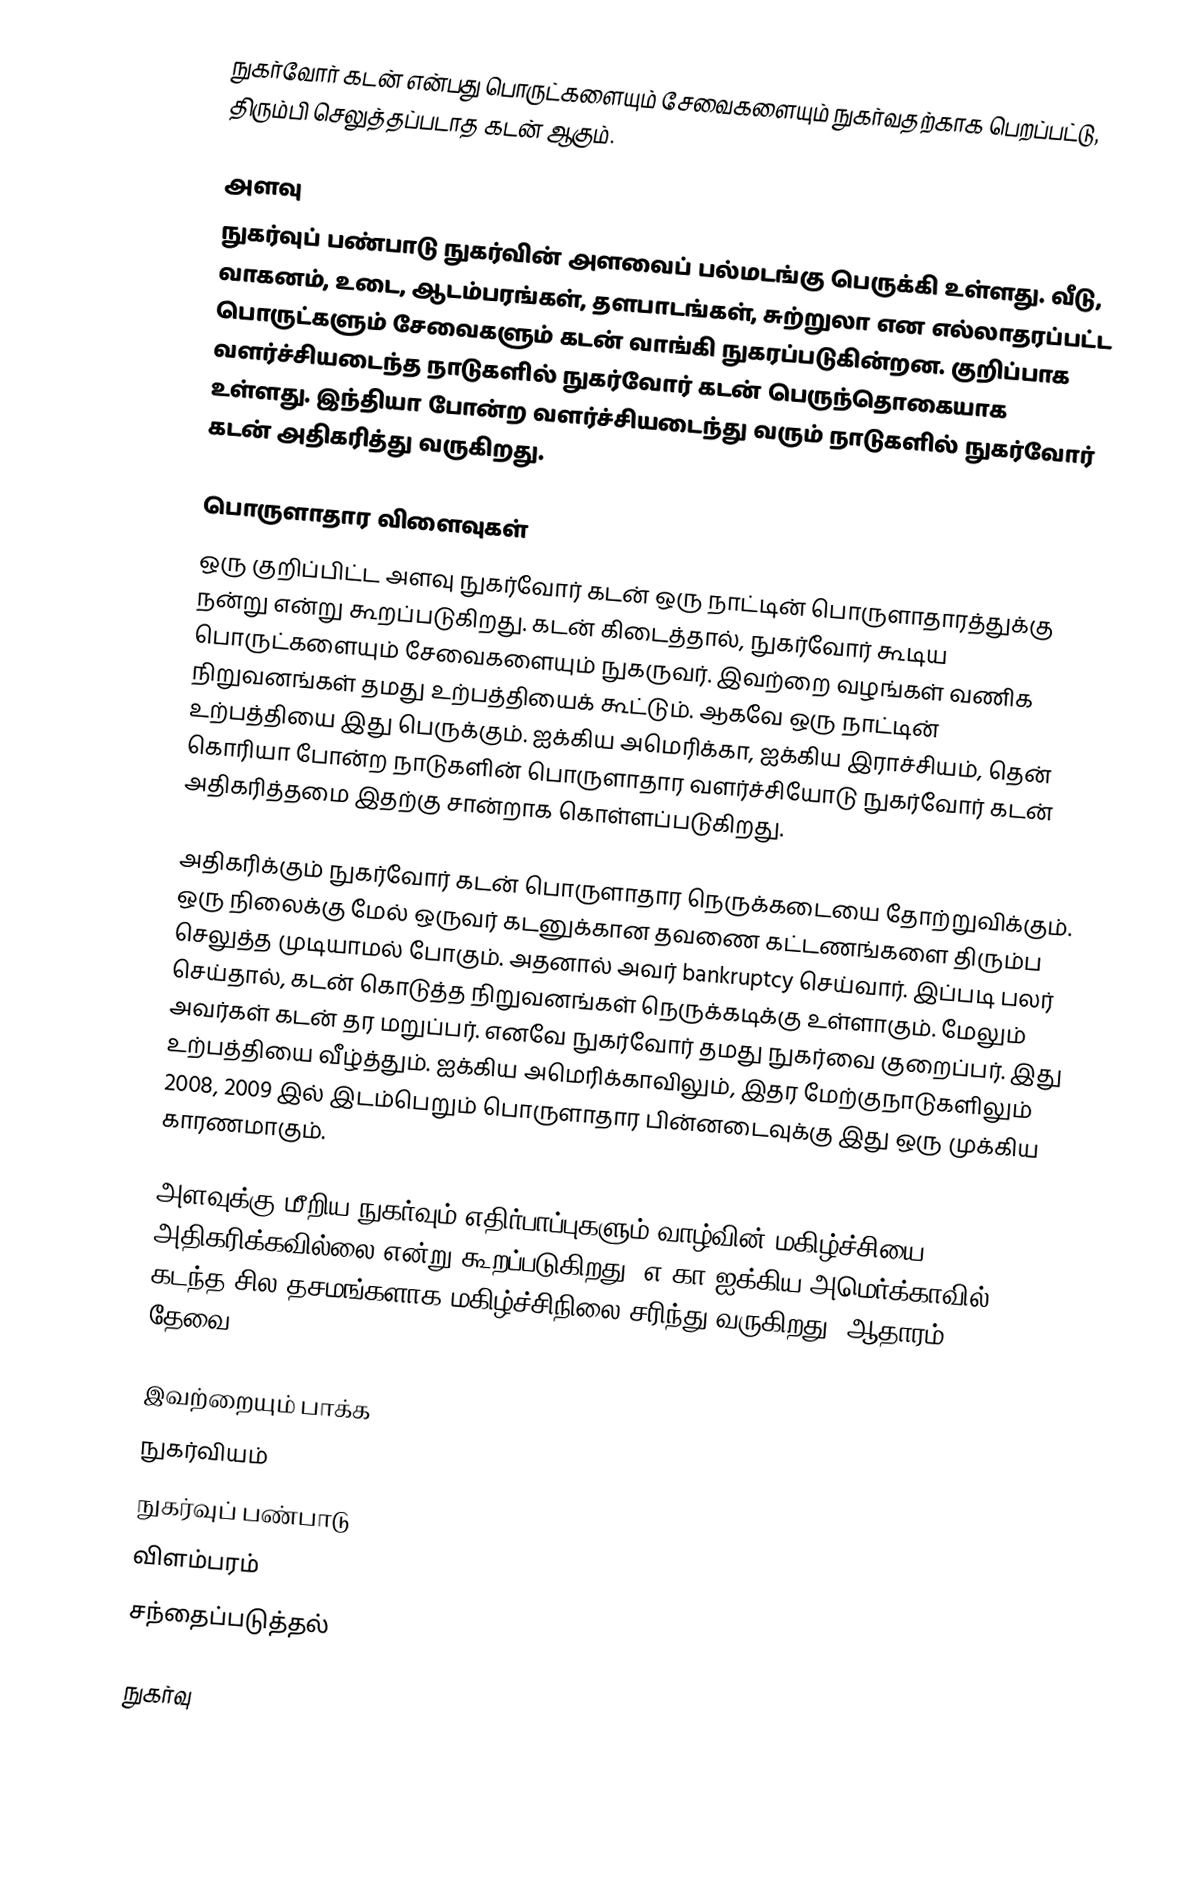
நுகர்வோர் கடன் என்பது பொருட்களையும் சேவைகளையும் நுகர்வதற்காக பெறப்பட்டு, திரும்பி செலுத்தப்படாத கடன் ஆகும்.

அளவு
நுகர்வுப் பண்பாடு நுகர்வின் அளவைப் பல்மடங்கு பெருக்கி உள்ளது.  வீடு, வாகனம், உடை, ஆடம்பரங்கள், தளபாடங்கள், சுற்றுலா என எல்லாதரப்பட்ட பொருட்களும் சேவைகளும் கடன் வாங்கி நுகரப்படுகின்றன.  குறிப்பாக வளர்ச்சியடைந்த நாடுகளில் நுகர்வோர் கடன் பெருந்தொகையாக உள்ளது.  இந்தியா போன்ற வளர்ச்சியடைந்து வரும் நாடுகளில் நுகர்வோர் கடன் அதிகரித்து வருகிறது.

பொருளாதார விளைவுகள்
ஒரு குறிப்பிட்ட அளவு நுகர்வோர் கடன் ஒரு நாட்டின் பொருளாதாரத்துக்கு நன்று என்று கூறப்படுகிறது.  கடன் கிடைத்தால், நுகர்வோர் கூடிய பொருட்களையும் சேவைகளையும் நுகருவர்.  இவற்றை வழங்கள் வணிக நிறுவனங்கள் தமது உற்பத்தியைக் கூட்டும்.  ஆகவே ஒரு நாட்டின் உற்பத்தியை இது பெருக்கும்.  ஐக்கிய அமெரிக்கா, ஐக்கிய இராச்சியம், தென் கொரியா போன்ற நாடுகளின் பொருளாதார வளர்ச்சியோடு நுகர்வோர் கடன் அதிகரித்தமை இதற்கு சான்றாக கொள்ளப்படுகிறது.

அதிகரிக்கும் நுகர்வோர் கடன் பொருளாதார நெருக்கடையை தோற்றுவிக்கும்.  ஒரு நிலைக்கு மேல் ஒருவர் கடனுக்கான தவணை கட்டணங்களை திரும்ப செலுத்த முடியாமல் போகும்.  அதனால் அவர் bankruptcy செய்வார்.  இப்படி பலர் செய்தால், கடன் கொடுத்த நிறுவனங்கள் நெருக்கடிக்கு உள்ளாகும்.  மேலும் அவர்கள் கடன் தர மறுப்பர்.  எனவே நுகர்வோர் தமது நுகர்வை குறைப்பர்.  இது உற்பத்தியை வீழ்த்தும்.  ஐக்கிய அமெரிக்காவிலும், இதர மேற்குநாடுகளிலும் 2008, 2009 இல் இடம்பெறும் பொருளாதார பின்னடைவுக்கு இது ஒரு முக்கிய காரணமாகும்.

அளவுக்கு மீறிய நுகர்வும் எதிர்பாப்புகளும் வாழ்வின் மகிழ்ச்சியை அதிகரிக்கவில்லை என்று கூறப்படுகிறது.  எ.கா ஐக்கிய அமெர்க்காவில் கடந்த சில தசமங்களாக மகிழ்ச்சிநிலை சரிந்து வருகிறது (ஆதாரம் தேவை).

இவற்றையும் பாக்க
 நுகர்வியம்
 நுகர்வுப் பண்பாடு
 விளம்பரம்
 சந்தைப்படுத்தல்

நுகர்வு